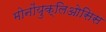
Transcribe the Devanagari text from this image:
मोनोंयुक्लिओसिस